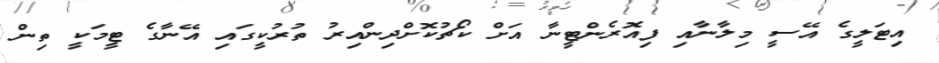
އިޓަލީގެ އޭސީ މިލާނާއި ފިއޮރެންޓީނާ އަށް ކޯޗުކޮށްދިންއިރު ތުރުކީގައި އޭނާގެ ޓީމަކީ ތިން